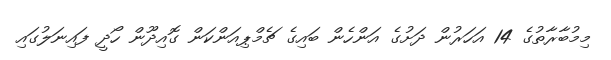
މިމުބާރާތުގެ 14 އަހަރުން ދަށުގެ އަންހެން ބައިގެ ޗެމްޕިއަންކަން ގޮއިދޫން ހޯދީ ފައިނަލުގައި